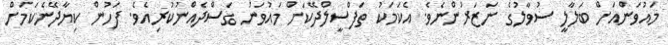
މައުވަންއަށް ބަލާލީ ސުވާލުގެ ނަޒަރުންނެވެ. އެކަމަކު ތަފްސީލްދޭކަށް މައުވަން ގަސްދެއްނުކުރިއެވެ. ފަހުން ކިޔާދޭނެކަމަށް